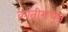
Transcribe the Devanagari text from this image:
क्रांतीमधून